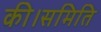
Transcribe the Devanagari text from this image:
की।समिति